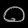
Digit: ၀